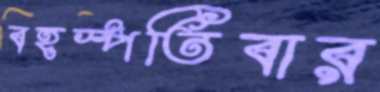
বহস্পতিবার